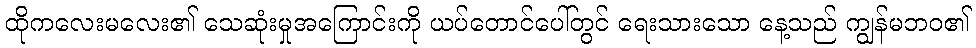
ထိုကလေးမလေး၏ သေဆုံးမှုအကြောင်းကို ယပ်တောင်ပေါ်တွင် ရေးသားသော နေ့သည် ကျွန်မဘဝ၏